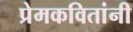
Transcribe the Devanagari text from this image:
प्रेमकवितांनी